Calcutta medical institutions reports 1871-78
Year: 1871
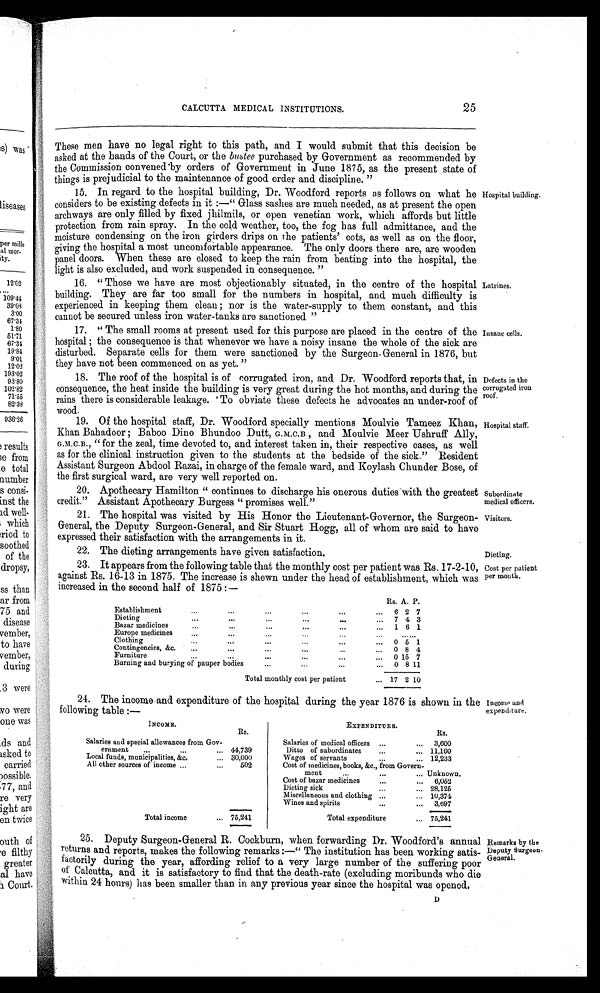
Defects in the
corrugated iron
roof.
Hospital staff.
Subordinate
medical officers.
Visitors.
CALCUTTA MEDICAL INSTITUTIONS.
25
These men have no legal right to this path, and I would submit that this decision be
asked at the hands of the Court, or the bustee purchased by Government as recommended by
the Commission convened by orders of Government in June 1875, as the present state of
things is prejudicial to the maintenance of good order and discipline."
15. In regard to the hospital building, Dr. Woodford reports as follows on what he
considers to be existing defects in it:—"Glass sashes are much needed, as at present the open
archways are only filled by fixed jhilmils, or open venetian work, which affords but little
protection from rain spray. In the cold weather, too, the fog has full admittance, and the
moisture condensing on the iron girders drips on the patients' cots, as well as on the floor,
giving the hospital a most uncomfortable appearance. The only doors there are, are wooden
panel doors. When these are closed to keep the rain from beating into the hospital, the
light is also excluded, and work suspended in consequence."
16. "Those we have are most objectionably situated, in the centre of the hospital
building. They are far too small for the numbers in hospital, and much difficulty is
experienced in keeping them clean; nor is the water-supply to them constant, and this
cannot be secured unless iron water-tanks are sanctioned"
17. "The small rooms at present used for this purpose are placed in the centre of the
hospital; the consequence is that whenever we have a noisy insane the whole of the sick are
disturbed. Separate cells for them were sanctioned by the Surgeon- General in 1876, but
they have not been commenced on as yet."
18. The roof of the hospital is of corrugated iron, and Dr. Woodford reports that, in
consequence, the heat inside the building is very great during the hot months, and during the
rains there is considerable leakage. To obviate these defects he advocates an under-roof of
wood.
19. Of the hospital staff, Dr. Woodford specially mentions Moulvie Tameez Khan,
Khan Bahadoor; Baboo Dino Bhundoo Dutt, G.M.C.B., and Moulvie Meer Ushruff Ally,
G.M.C.B., "for the zeal, time devoted to, and interest taken in, their respective cases, as well
as for the clinical instruction given to the students at the bedside of the sick." Resident
Assistant Surgeon Abdool Razai, in charge of the female ward, and Koylash Chunder Bose, of
the first surgical ward, are very well reported on.
20. Apothecary Hamilton "continues to discharge his onerous duties with the greatest
credit." Assistant Apothecary Burgess "promises well."
21. The hospital was visited by His Honor the Lieutenant-Governor, the Surgeon-
General, the Deputy Surgeon-General, and Sir Stuart Hogg, all of whom are said to have
expressed their satisfaction with the arrangements in it.
22. The dieting arrangements have given satisfaction.
23. It appears from the following table that the monthly cost per patient was Rs. 17-2-10,
against Rs. 16-13 in 1875. The increase is shown under the head of establishment, which was
increased in the second half of 1875:—
Hospital building.
Latrines.
Insane cells.
Dieting.
Establishment
...
...
...
...
...
...
Rs. A. P.
6
2
7
Dieting ...
...
...
...
. . .
... 7 4 3
Bazar medicines
...
...
...
. . .
. . .
... 1 6 1
Europe medicines
.„
...
. . .
. . .
...
...
. . . . . .
Clothing
...
...
...
...
...
... 0 5
1
Contingencies, &c.
...
...
...
...
. . .
... 0 8 4
Furniture ...
...
. . .
...
...
... 0 15 7
Burning and burying of pauper bodies
...
...
...
... 0 8 11
Total monthly cost per patient
... 17 2 10
24. The income and expenditure of the hospital during the year 1876 is shown in the
following table:—
Income and
expenditure.
INCOME..
R s .
Salaries and special allowances from Gov-
ernment ...
... 44,739
Local funds, municipalities, &c.
... 30,000
All other sources of income ...
...
502
Total income
... 75,241
E X P E N D I T U R E .
Rs.
Salaries of medical officers ...
.,. 3,600
Ditto of subordinates
...
... 11,160
Wages of servants...... 12,233
...
Cost of medicines, books, &c., from Govern-
ment
...
...
... Unknown.
Cost of bazar medicines
...
... 6,052
Dieting sick...
... 28,125
.
Miscellaneous and clothing ...
... 10,374
Wines and spirits... ...3,697
...
Total expenditure
... 75,241
25. Deputy Surgeon-General R. Cockburn, when forwarding Dr. Woodford's annual
returns and reports, makes the following remarks:—"The institution has been working satis-
factorily during the year, affording relief to a very large number of the suffering poor
of Calcutta, and it is satisfactory to find that the death-rate (excluding moribunds who die
within 24 hours) has been smaller than in any previous year since the hospital was opened.
D
Remarks by the
Deputy Surgeon
General.